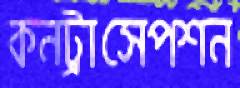
কনট্রাসেপশন